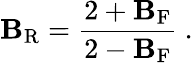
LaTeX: \mathbf{B}_{\mathrm{{R}}}={\frac{{2+\mathbf{B}_{\mathrm{{F}}}}}{{2-\mathbf{B}_{\mathrm{{F}}}}}}\ .